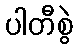
ပါတီစွဲ